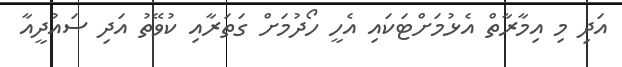
އަދި މި އިމާރާތް އެޅުމަށްޓަކައި އެހީ ހޯދުމަށް ގަތަރާއި ކުވޭތު އަދި ސައުދީއާ